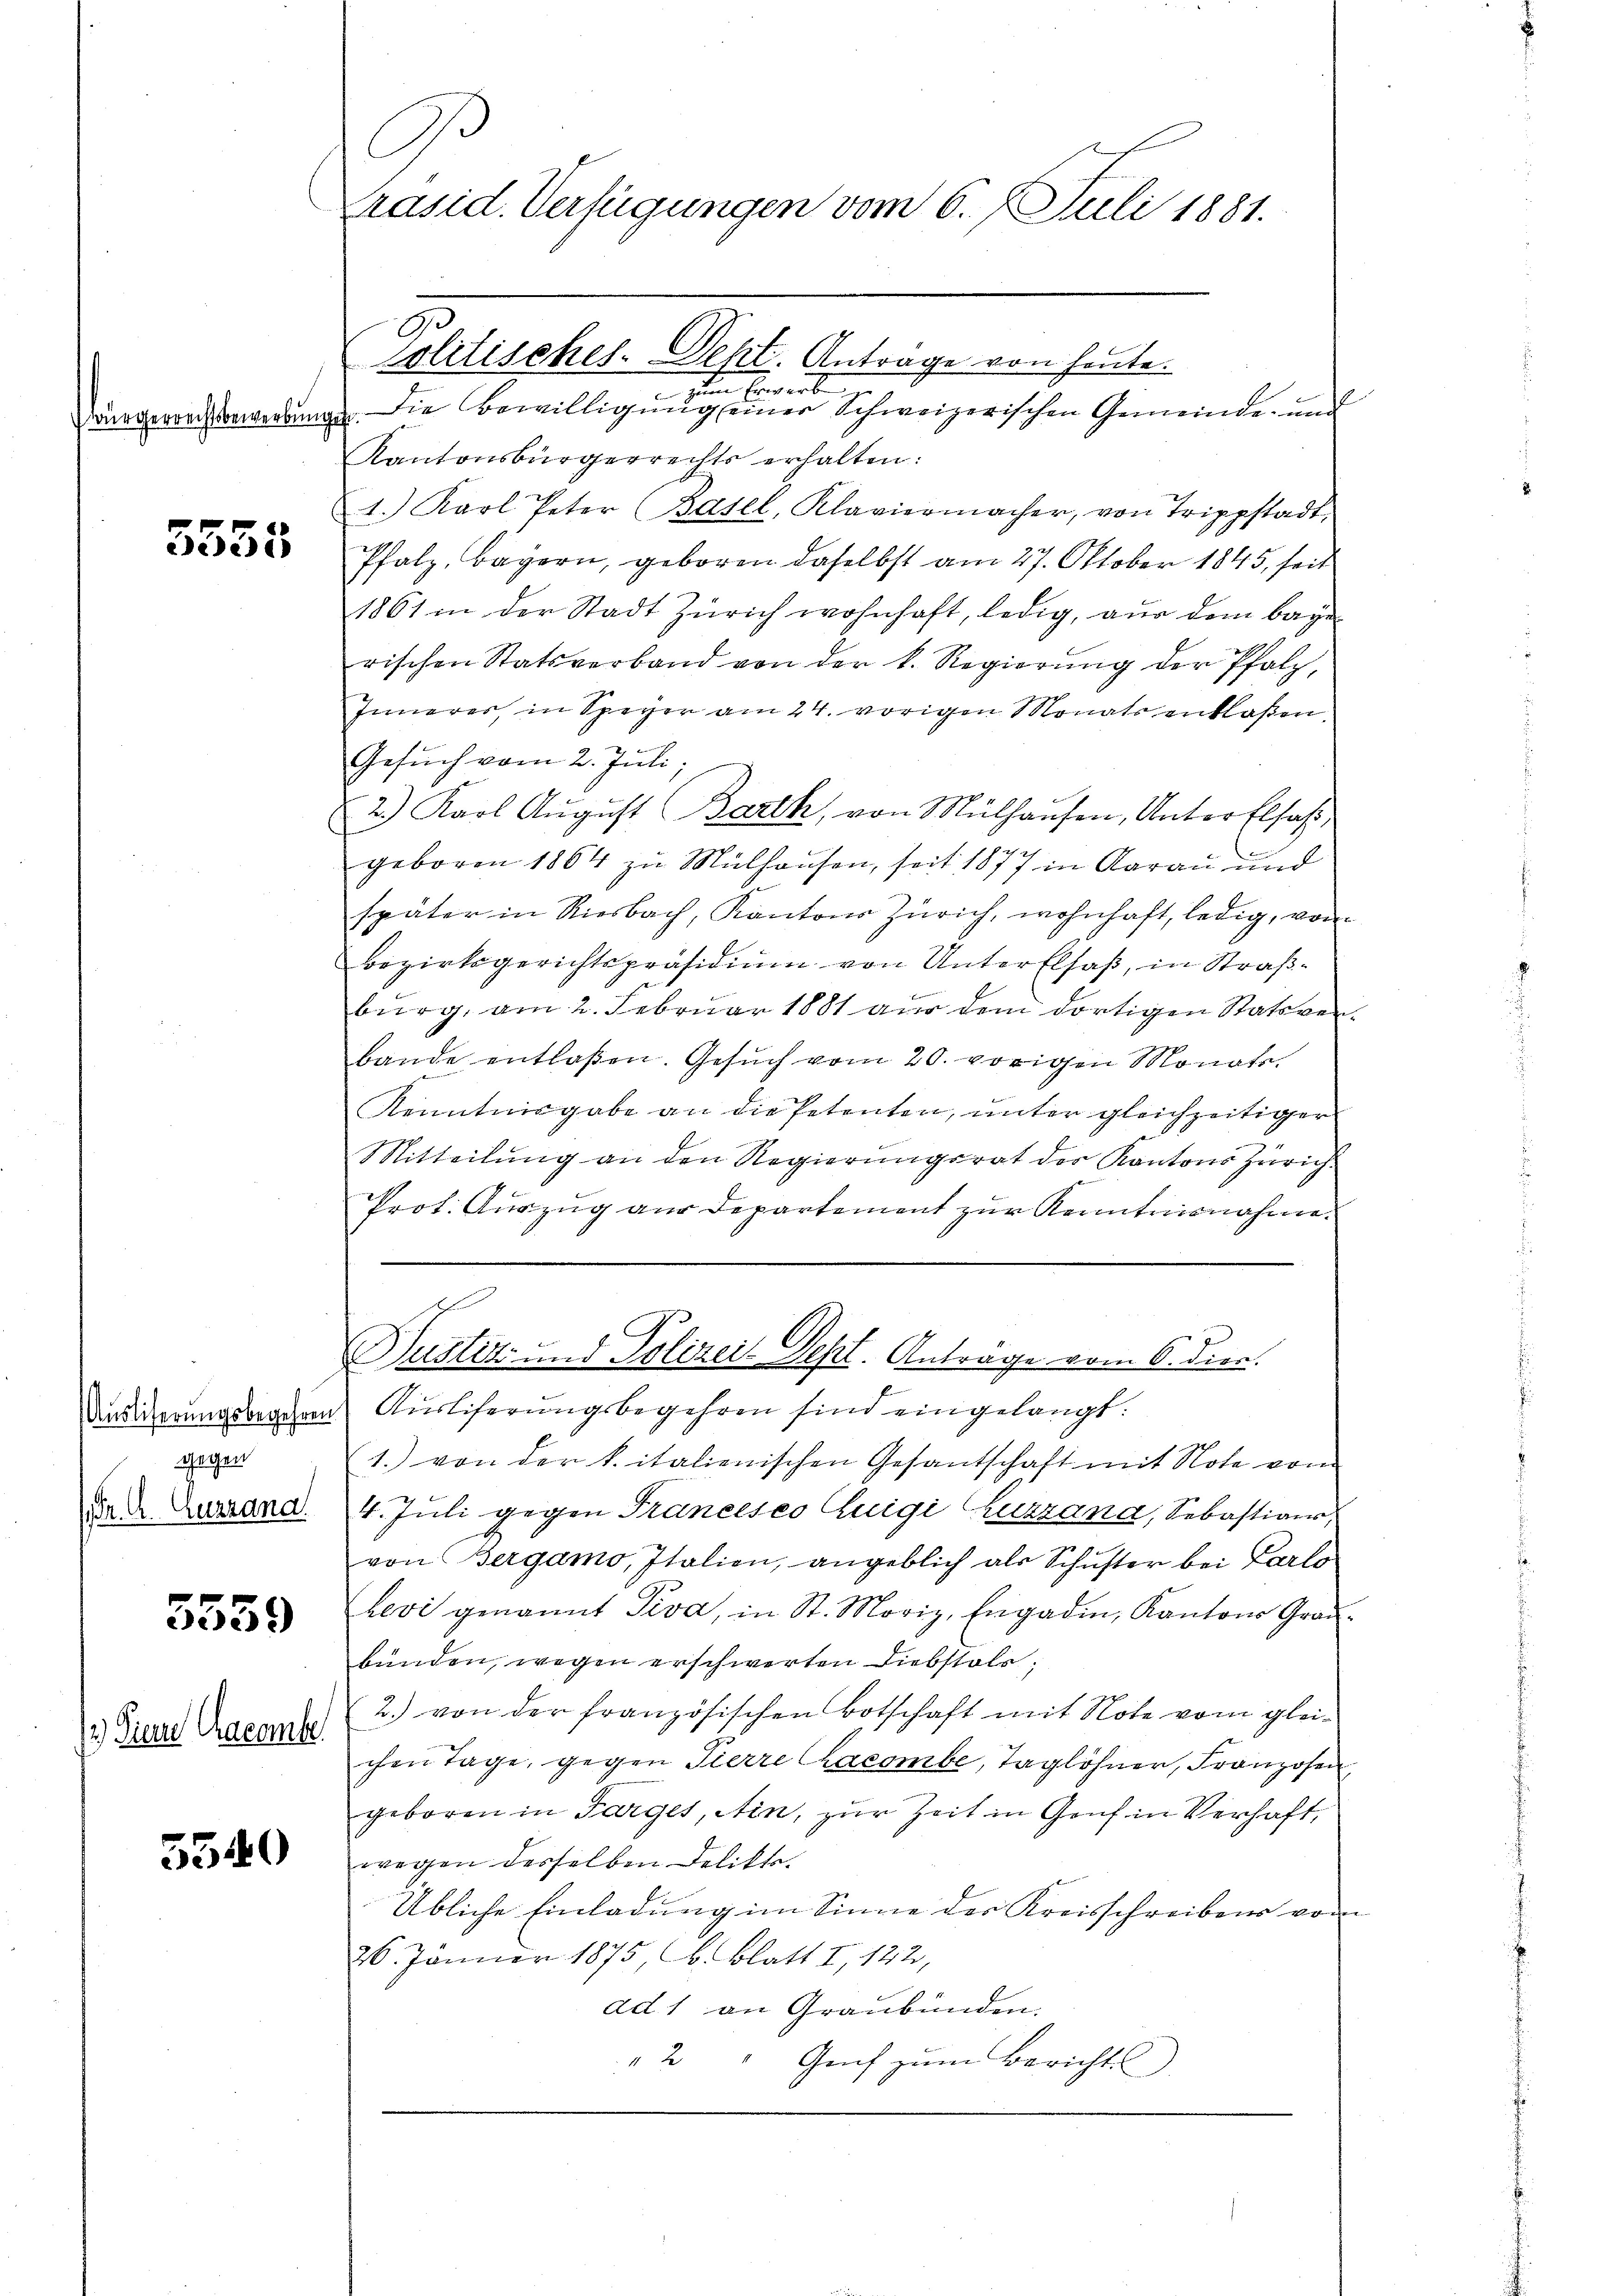
würgerrechtsbewerbun

5555

gegen
(Dr. A. Auzrana

5559

2) Diene Cracamber

5540

B
Präsid. Verfügungen vom 6. Juli 1881.

G
Solitisches. Sept. Antrage von heute.
en Erwerb
Die Bewilligung einer Schweizerischen Gemeinde- und
gef.
Kantonsbürgerrechts erhalten:
1. Karl Peter (Basel, Klaviermacher, von Trippstadt,
Pfalz, Bayern, geboren daselbst am 27. Oktober 1845, seit
1861 in der Stadt Zürich wohnhaft, ledig, aus dem baye
rischen Statsverband von der k. Regierŭng der Pfalz,
Innerer, in Speyer am 24. vorigen Monats entlaßen.
Gesŭch vom 2. Juli,
2.) Karl Aŭgŭst Barth, von Mülhausen, Unter Elsaß,
geboren 1864 zu Mülhausen, seit 1877 in Aarau und
später in Riesbach, Kantons Zürich, wohnhaft, ledig, von
Bezirksgerichtspräsidium von Unter Elsaß, in Straßburg, am 2. Februar 1881 aus dem dortigen Statsverbande entlaßen. Gesŭch vom 20. vorigen Monate.
Kenntnisgabe an die Petenten, unter gleichzeitiger
Mitteilŭng an den Regierŭngsrat der Kantons Zürich-
Prot. Auszug aus Departement zur Kenntnisnahme.
Justiz und Polizeis Sept. Antrage vom 6. diee.
Ausierungsbegehren Ausliferungsbegehren sind eingelangt:
1. von der k. italienischen Gesantschaft mit Note vom
4. Juli gegen Franceses Luigi Kuzzana, Sebastiar
von Bergamo, Italien, angeblich als Schŭster bei Carlo
Levi genannt Tiva, in St. Moriz, Engadin, Kantons Grau-
bünden, wegen erschwerten Diebstals,
2.) von der französischen Botschaft mit Note vom gleichen Tage, gegen Tierre Chacombe, Taglöhner, Franzosen,
geboren in Sarges, ein, zur Zeit in Genf in Verhaft,
wegen desselben Delikte.
Übliche Einladung im Sinne des Kreisschreibens vom
26. Jänner 1875 (b. Blatt I 122,
ad. 1 an Graubünden.
" 2 " Genf zum Bericht